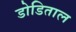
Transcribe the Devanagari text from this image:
डोडिताल